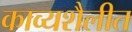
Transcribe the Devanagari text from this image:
काव्यशैलीत